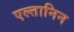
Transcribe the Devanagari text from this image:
एल्तानिन